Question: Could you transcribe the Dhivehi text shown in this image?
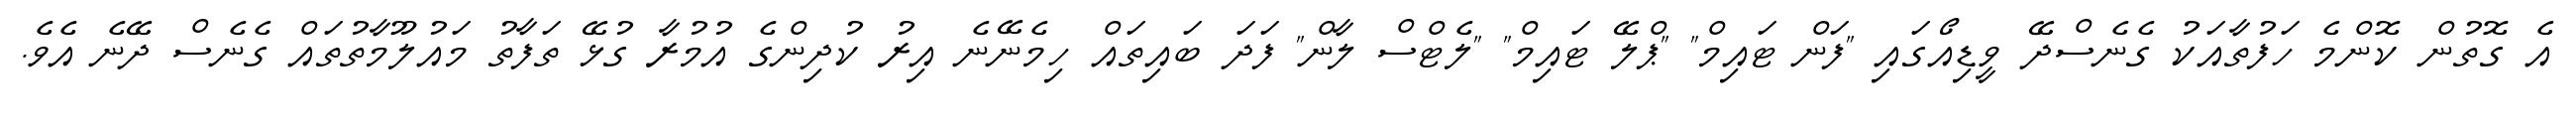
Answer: އެ ގޮތުން ކޮންމެ ހަފުތާއަކު ގެނެސްދޭ ވީޑިއޯގައި "ފަން ޓައިމް" "ޕްލޭ ޓައިމް" "ލެޓްސް ލާން" ފަދަ ބައިތައް ހިމެނޭނެ އިރު ކުދިންގެ އުމުރާ ގުޅޭ ތަފާތު މައުލޫމާތުތައް ގެނެސް ދޭނެ އެވެ.